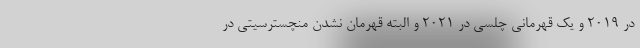
در 2019 و یک قهرمانی چلسی در 2021 و البته قهرمان نشدن منچسترسیتی در